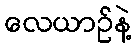
လေယာဉ်နဲ့